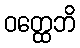
ဝတ္ထေဘိ